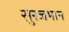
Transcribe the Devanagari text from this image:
सुरजभान